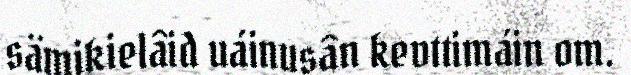
sämikielâid uáinusân kevttimáin om.